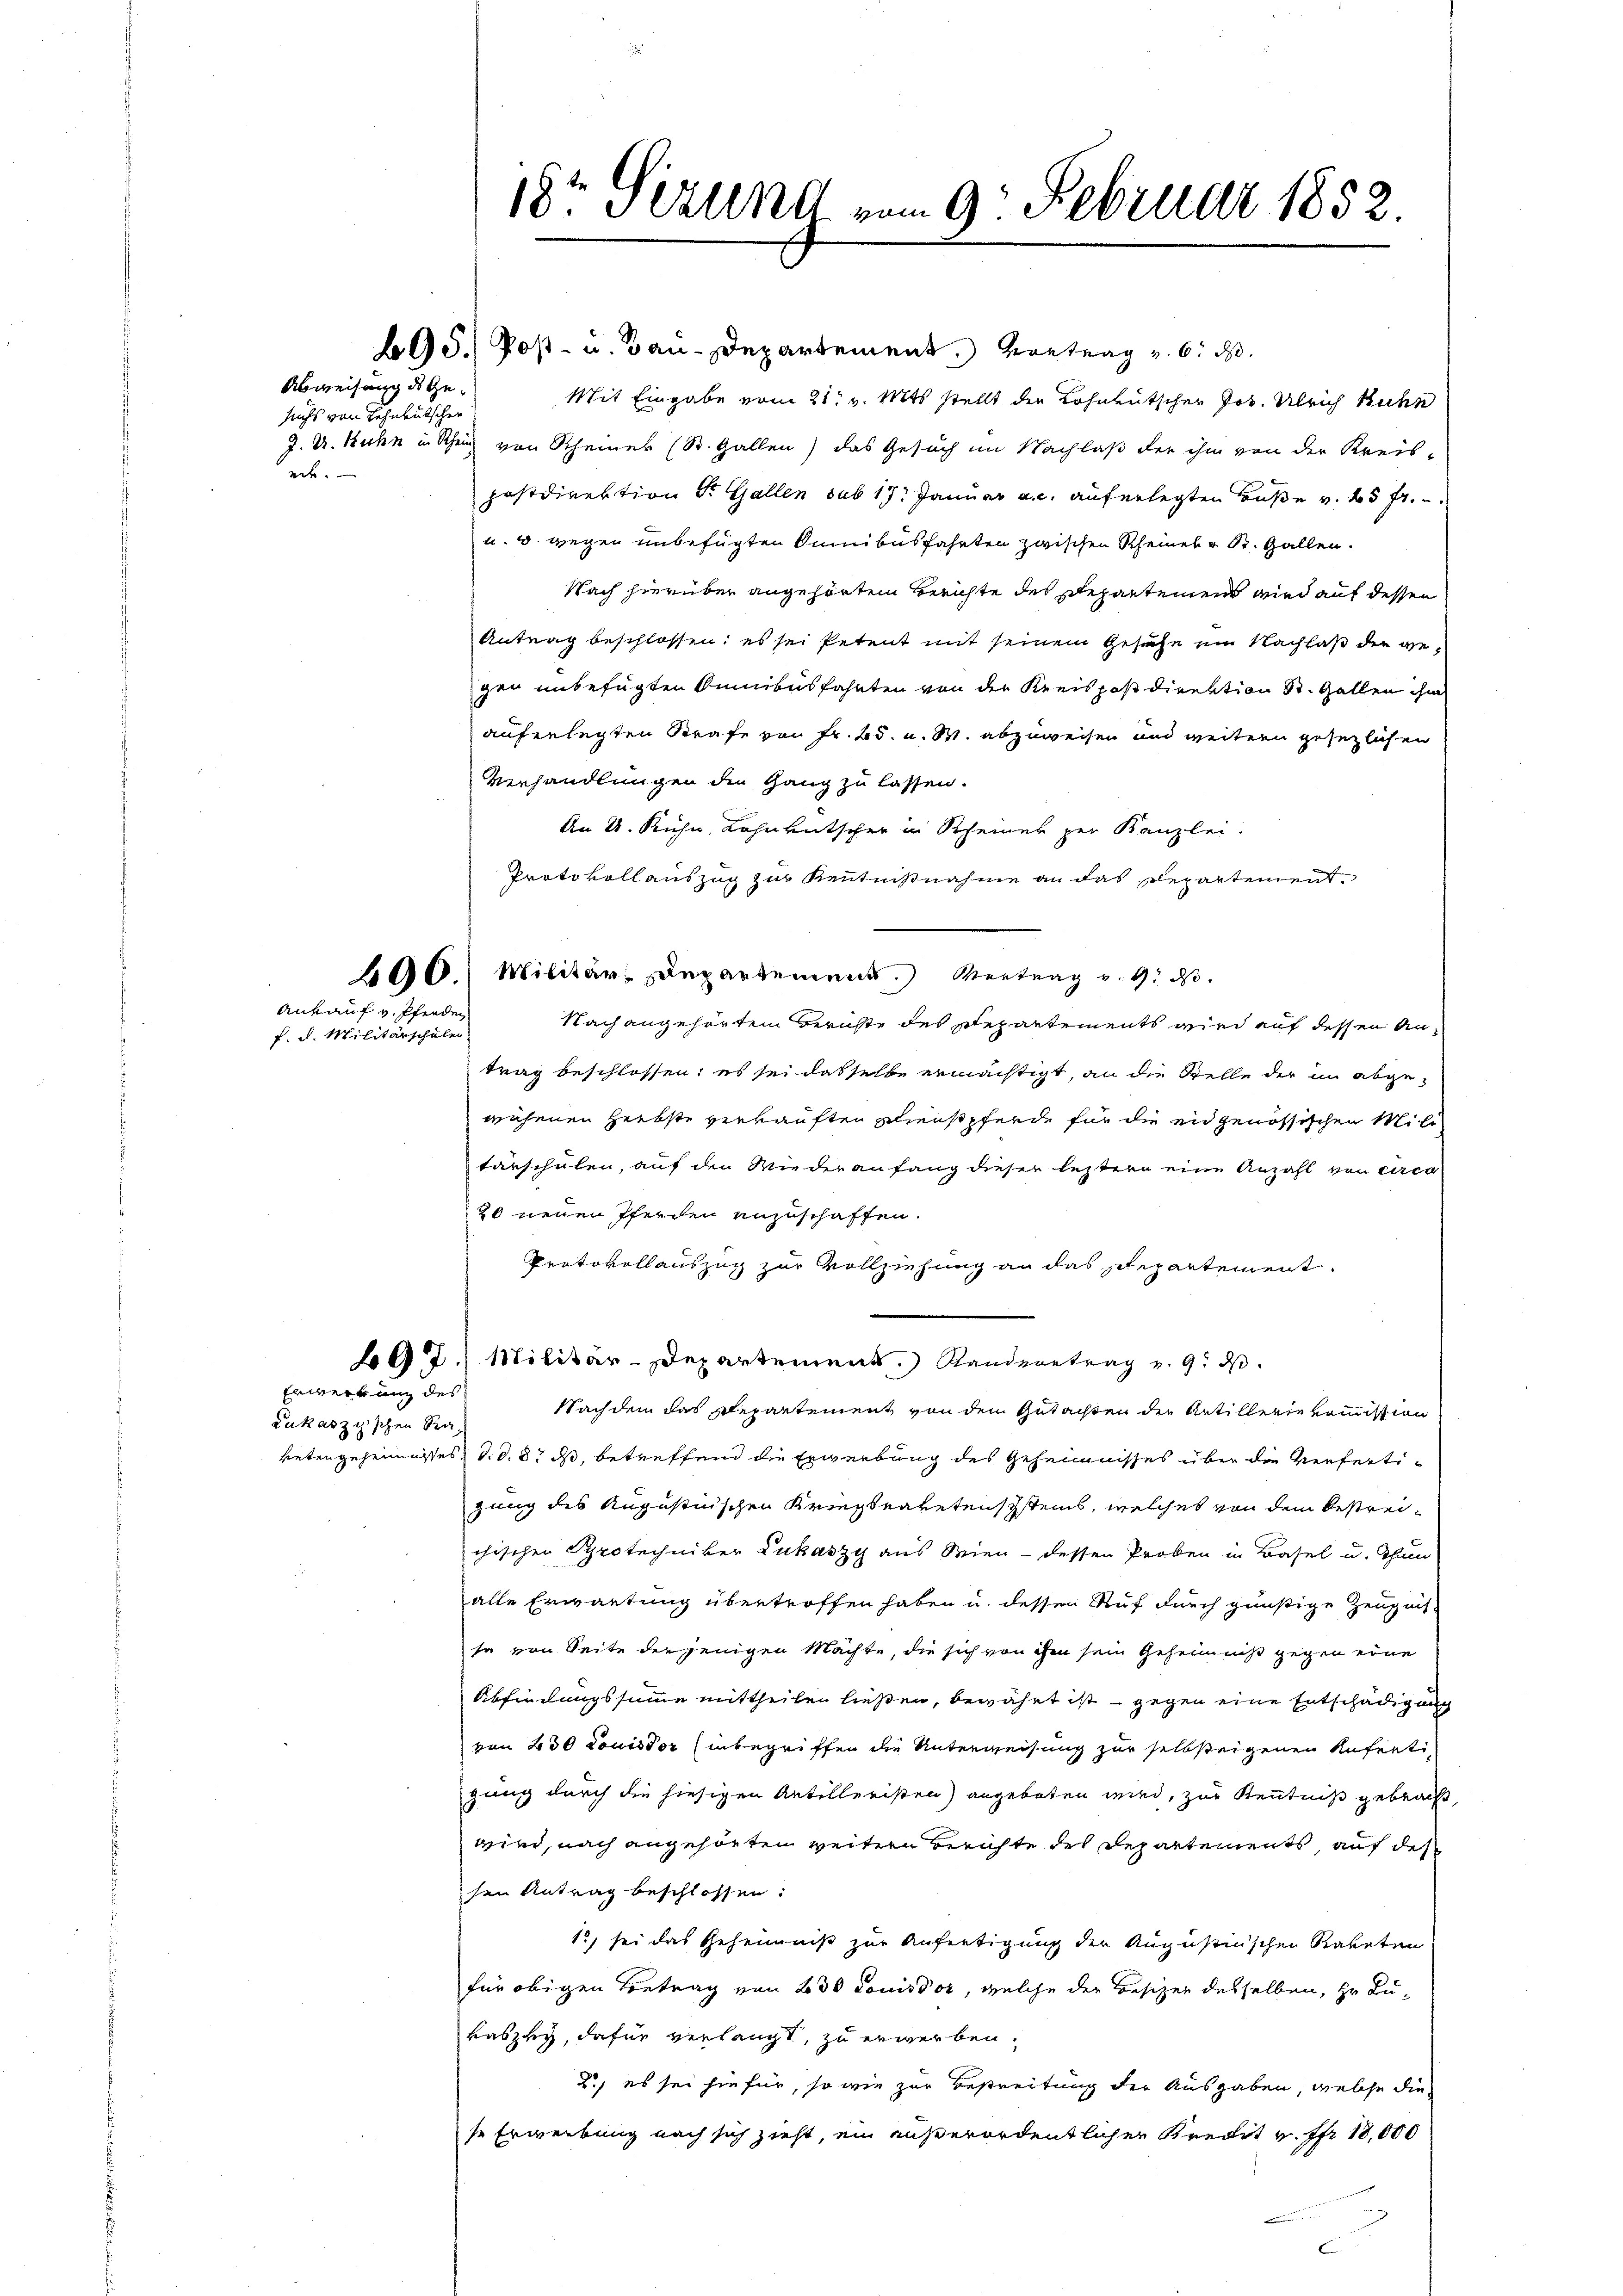
Abweisung des Gesuchs von Lehnkutscher
nit

Ankauf v. Pferden

f. d. Militärschulen

Erwertung des

Lukaszy'schen Ra¬

18te Sitzung vom 9. Februar 1852.

BG S. Post- u. Bau-Departement. Vortrag v. 6. ds.
Mit Eingabe vom 21. v. Mts. stellt der Lohnkutscher Jos. Ulrich Kuhn
J. U. Kuhn in Rhein von Scheiner (St. Gallen) das Gesuch im Nachlaß der ihm von der Kreis-
postdirektion Sr. Gallen sub 17. Januar a. c. auferlegten Buße v. 25 fr.
u. 6. wegen unbefügten Sunibusfahrten zwischen Rheines u St. Gallen.
Nach hierüber angehörten Berichte des Departemens wird auf dessen
Antrag beschlossen: es sei Petent mit seinem Gesuche ein Nachlaß der gegen unbefügten Omnibusfahrten von der Kreispos direktion St. Gallen ihm
auferlegten Strafe von Fr. 25. u. S. abzuweisen und weitern gesezlichen
Verhandlungen den Gang zu lassen.
An U. Kuhn, Lohnkutscher in Scheiner per Kanzlei.
Protokollauszug zur Kenntnißnahme an das Departement.
200 Militär-Departement. Vertrag v. 9. d.
Nach angehörten Berichte des Departements wird auf dessen Antrag beschlossen; es sei dasselbe ermächtigt, an die Stelle der in abgewuchenen Herbste verkauften Schienstpferde für die eidgenössischen Militärschulen, auf den Wiederanfang dieser leztere eine Anzahl von circa
20 neuen Pferden anzuschaffen.
Protokollauszug zur Vollziehung an das Departement
97. Militär-Departement. Randeretrag v. 9. d.
Nachdem das Repartement, von dem Gutachten die Artillerie kommission
ketengeheimesses, d. d. 8. ds, betreffend die Erwerbung des Geheimnisses über die Verfertizung des Augustinschen Kriegsratetenschsteins, welches von dem bestreichischen Sprotechniker Lukaszy aus Wien - dessen Proben in Basel u. Thun
alle Erwartung übertroffen haben u. dessen Auf durch günstige Zeugnis-
sa von Seite derjenigen Machte, die sich von ihm sein Geheimniß gegen eine
Abfindungssumme mittheilen ließen, bewährt ist - gegen eine Entschädigung
von 230 Louisdor (inbegriffen die Unterweisung zur selbsteigenen Anfertigung durch die hiesigen Antilleristen) angeboten wird, zur Kenntniß gebracht,
wird, nach angehörten weiten Berichte der Departements, auf des
sen Antrag beschlossen:
12, sei das Geheimniß zur Anfertigung der Augustinschen Rabeten
für obigen Betrag von 230 Louisdor, welche der Besitzer desselben, Hr. Lukaszky, dafür verlangt, zu erwerben.
2., es sei hiefür, so wie zur Bestreitung der Ausgaben, welche diese Erwerbung nach sich zieht, ein außerordentlicher Kredit v. fr. 18,000